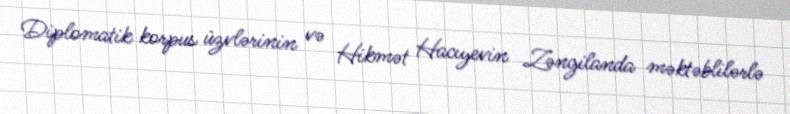
Diplomatik korpus üzvlərinin və Hikmət Hacıyevin Zəngilanda məktəblilərlə